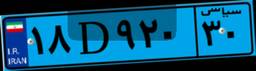
۱۸D۹۲۰۳۰